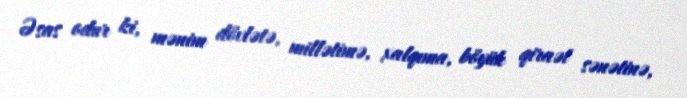
Əsas odur ki, mənim dövlətə, millətimə, xalqıma, böyük qiraət sənətinə,